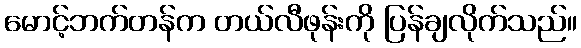
မောင့်ဘက်တန်က တယ်လီဖုန်းကို ပြန်ချလိုက်သည်။